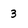
Character: 3